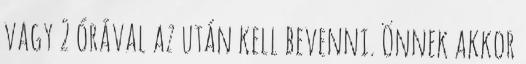
vagy 2 órával az után kell bevenni. Önnek akkor